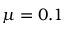
\mu = 0 . 1